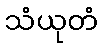
သံယုတံ